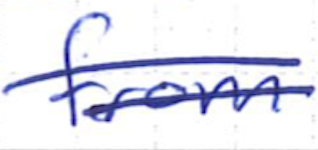
Text: from
Cross-out: double-line
Writing tool: ballpoint